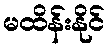
မထိန်းနိုင်